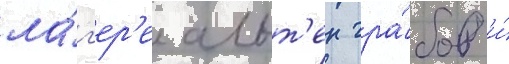
ла́г'ер'е альт'ен гра́бов и́